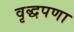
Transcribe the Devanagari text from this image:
वृद्धपणा